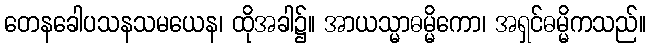
တေနခေါပသနသမယေန၊ ထိုအခါ၌။ အာယသ္မာဓမ္မိကော၊ အရှင်ဓမ္မိကသည်။